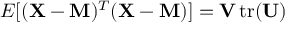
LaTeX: E [ ( \mathbf { X } - \mathbf { M } ) ^ { T } ( \mathbf { X } - \mathbf { M } ) ] = \mathbf { V } \operatorname { t r } ( \mathbf { U } )